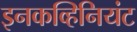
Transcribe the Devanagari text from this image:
इनकव्हिनियंट